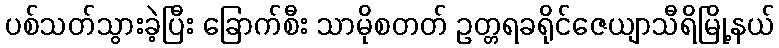
ပစ်သတ်သွားခဲ့ပြီး ခြောက်စီး သာမိုစတတ် ဥတ္တရခရိုင်ဇေယျာသီရိမြို့နယ်